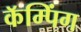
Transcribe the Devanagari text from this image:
कॅम्पिंग